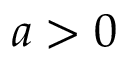
a > 0